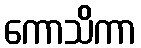
ကောသိကာ